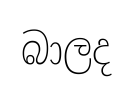
බාලද